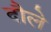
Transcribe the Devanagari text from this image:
दौले